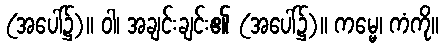
(အပေါ်၌)။ ဝါ၊ အချင်းချင်း၏ (အပေါ်၌)။ ကမ္မေ၊ ကံကို။